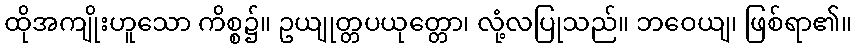
ထိုအကျိုးဟူသော ကိစ္စ၌။ ဥယျုတ္တပယုတ္တော၊ လုံ့လပြုသည်။ ဘဝေယျ၊ ဖြစ်ရာ၏။